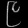
Digit: ၉